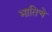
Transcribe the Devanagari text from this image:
भातिचे